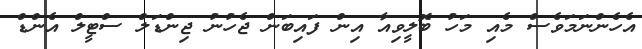
އެހެންނަމަވެސް މެއި މަހު ބޮލީވިއާ އިން ފައިބަން ޖެހުނު ޖިންޑަލް ސްޓީލް އެންޑް